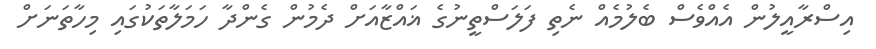
އިސްރާއީލުން އެއްވެސް ބެލުމެއް ނެތި ފަލަސްތީނުގެ ޣައްޒާއަށް ދެމުން ގެންދާ ހަމަލާތަކުގައި މިހާތަނަށް